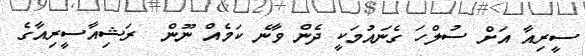
ސީރިއާ އަށް ސުލްހަ ގެނައުމަކީ ދެން ވާނެ ކަމެއް ނޫން  ރަޝިއާސީރިއާގެ